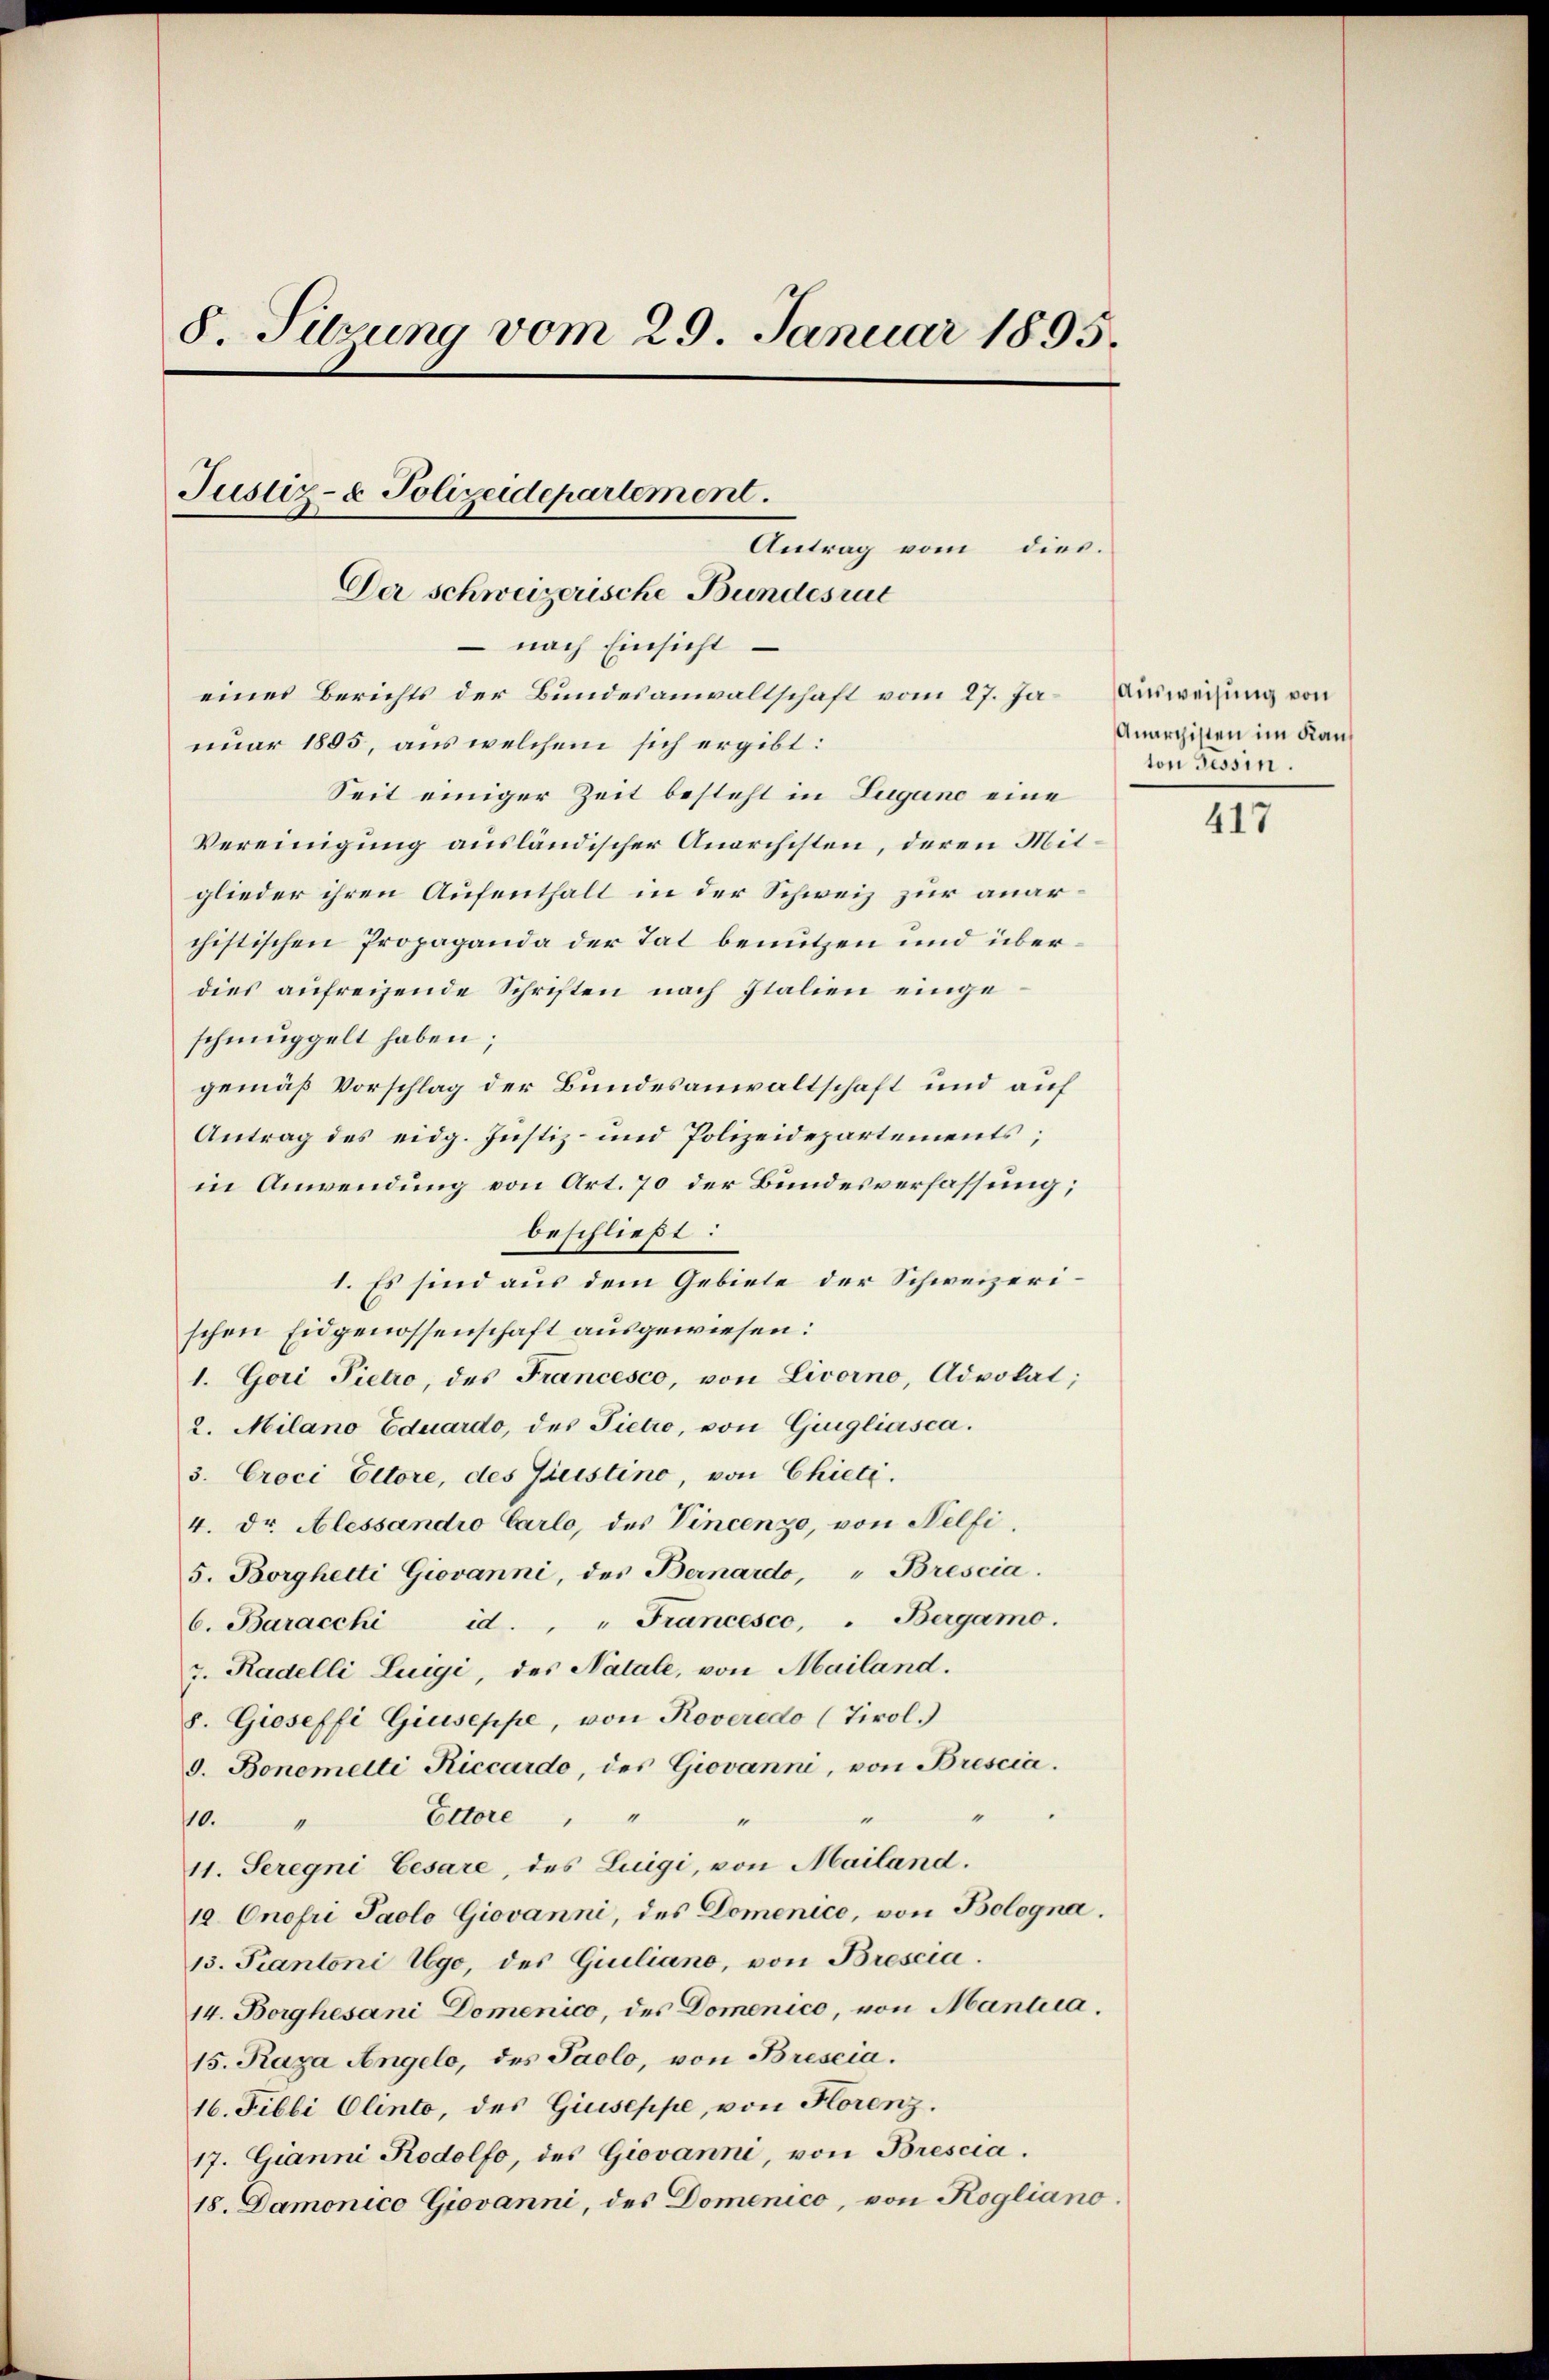
8. Sitzung vom 29. Januar 1895.
Justiz- & Polizeidepartement.
Antrag vom dies.
Der schweizerische Bundesrat
 nach Einsicht
eines Berichts der Bundesanwaltschaft vom 27. Ja Ausweisung von

nuar 1805, aus welchem sich ergibt:
Seit einiger Zeit besteht in Lugano eine
Vereinigung ausländischer Anarchisten, deren Mitglieder ihren Aufenthalt in der Schweiz zur anarchistischen Propaganda der Tat benutzen und überdies aufreihende Schriften nach Italien eingeschmuggelt haben;
gemäß Vorschlag der Bundesanwaltschaft und auf
Antrag des eidg. Justiz- und Polizeidepartements;
in Anwendung von Art. 70 der Bundesverfassung;
beschließt:
1. Es sind aus dem Gebiete der Schweizerischen Eidgenossenschaft ausgewiesen:
1. Gori Pietro, des Francesco, von Livorno, Advokat;
2. Milano Eduardo, des Pietro, von Gingliasca.
3. Croci Ectore, des Geistino, von Chieli.
4. Dr. Alessandio Carlo, des Vincenzo, von Nelfi
5. Borghetti Giovanni, des Bernardo, " Brescia.
6. Baracchi id. " " Francesco, " Bergamo.
z. Radelli Luigi, des Natale, von Mailand.
8. Gioseffi Giuseppe, von Roveredo (Tirol.)
9. Bonemelti Riccardo, des Giovanni, von Brescia.
"
10. " Altore " "
"
11. Seregni Cesare, des Luigi, von Mailand.
10. Onofri Paolo Giovanni, des Domenice, von Bologna.
13. Fiantoni Ugo, des Giuliano, von Brescia.
14. Borghesani Domenico, des Domenico, von Mantia.
15. Raza Angelo, des Paolo, von Brescia.
16. Fibbi Olinto, des Giuseppe, von Horenz.
17. Gianni Rodolfo, des Giovanni, von Brescia.
18. Damonico Giovanni, des Domenico, von Rogliano

Anarchisten im Kanton Tessin.

417